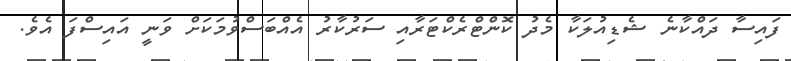
ފައިސާ ދައްކާނެ ޝެޑިއުލަކާ މެދު ކޮންޓްރެކްޓަރާއި ސަރުކާރު އެއްބަސްވުމަކަށް ވަނީ އައިސްފަ އެވެ.